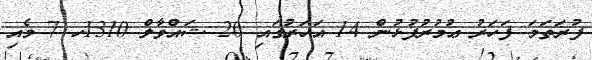
ފުރަތަމަ ފަހަރު ޢުމުރުފުޅުން 14 އަހަރުގައި 20 ޝައްވާލް 1310ހ 7 މެއި